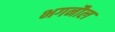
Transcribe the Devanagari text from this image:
भगनौल